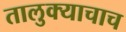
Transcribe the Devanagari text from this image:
तालुक्याचाच